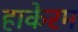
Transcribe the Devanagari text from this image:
हाकेरम